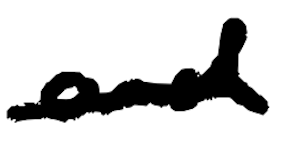
Text: and
Cross-out: single-line
Writing tool: digital_black